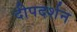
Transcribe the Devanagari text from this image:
दीपदर्शन